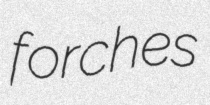
forches